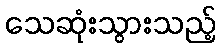
သေဆုံးသွားသည့်